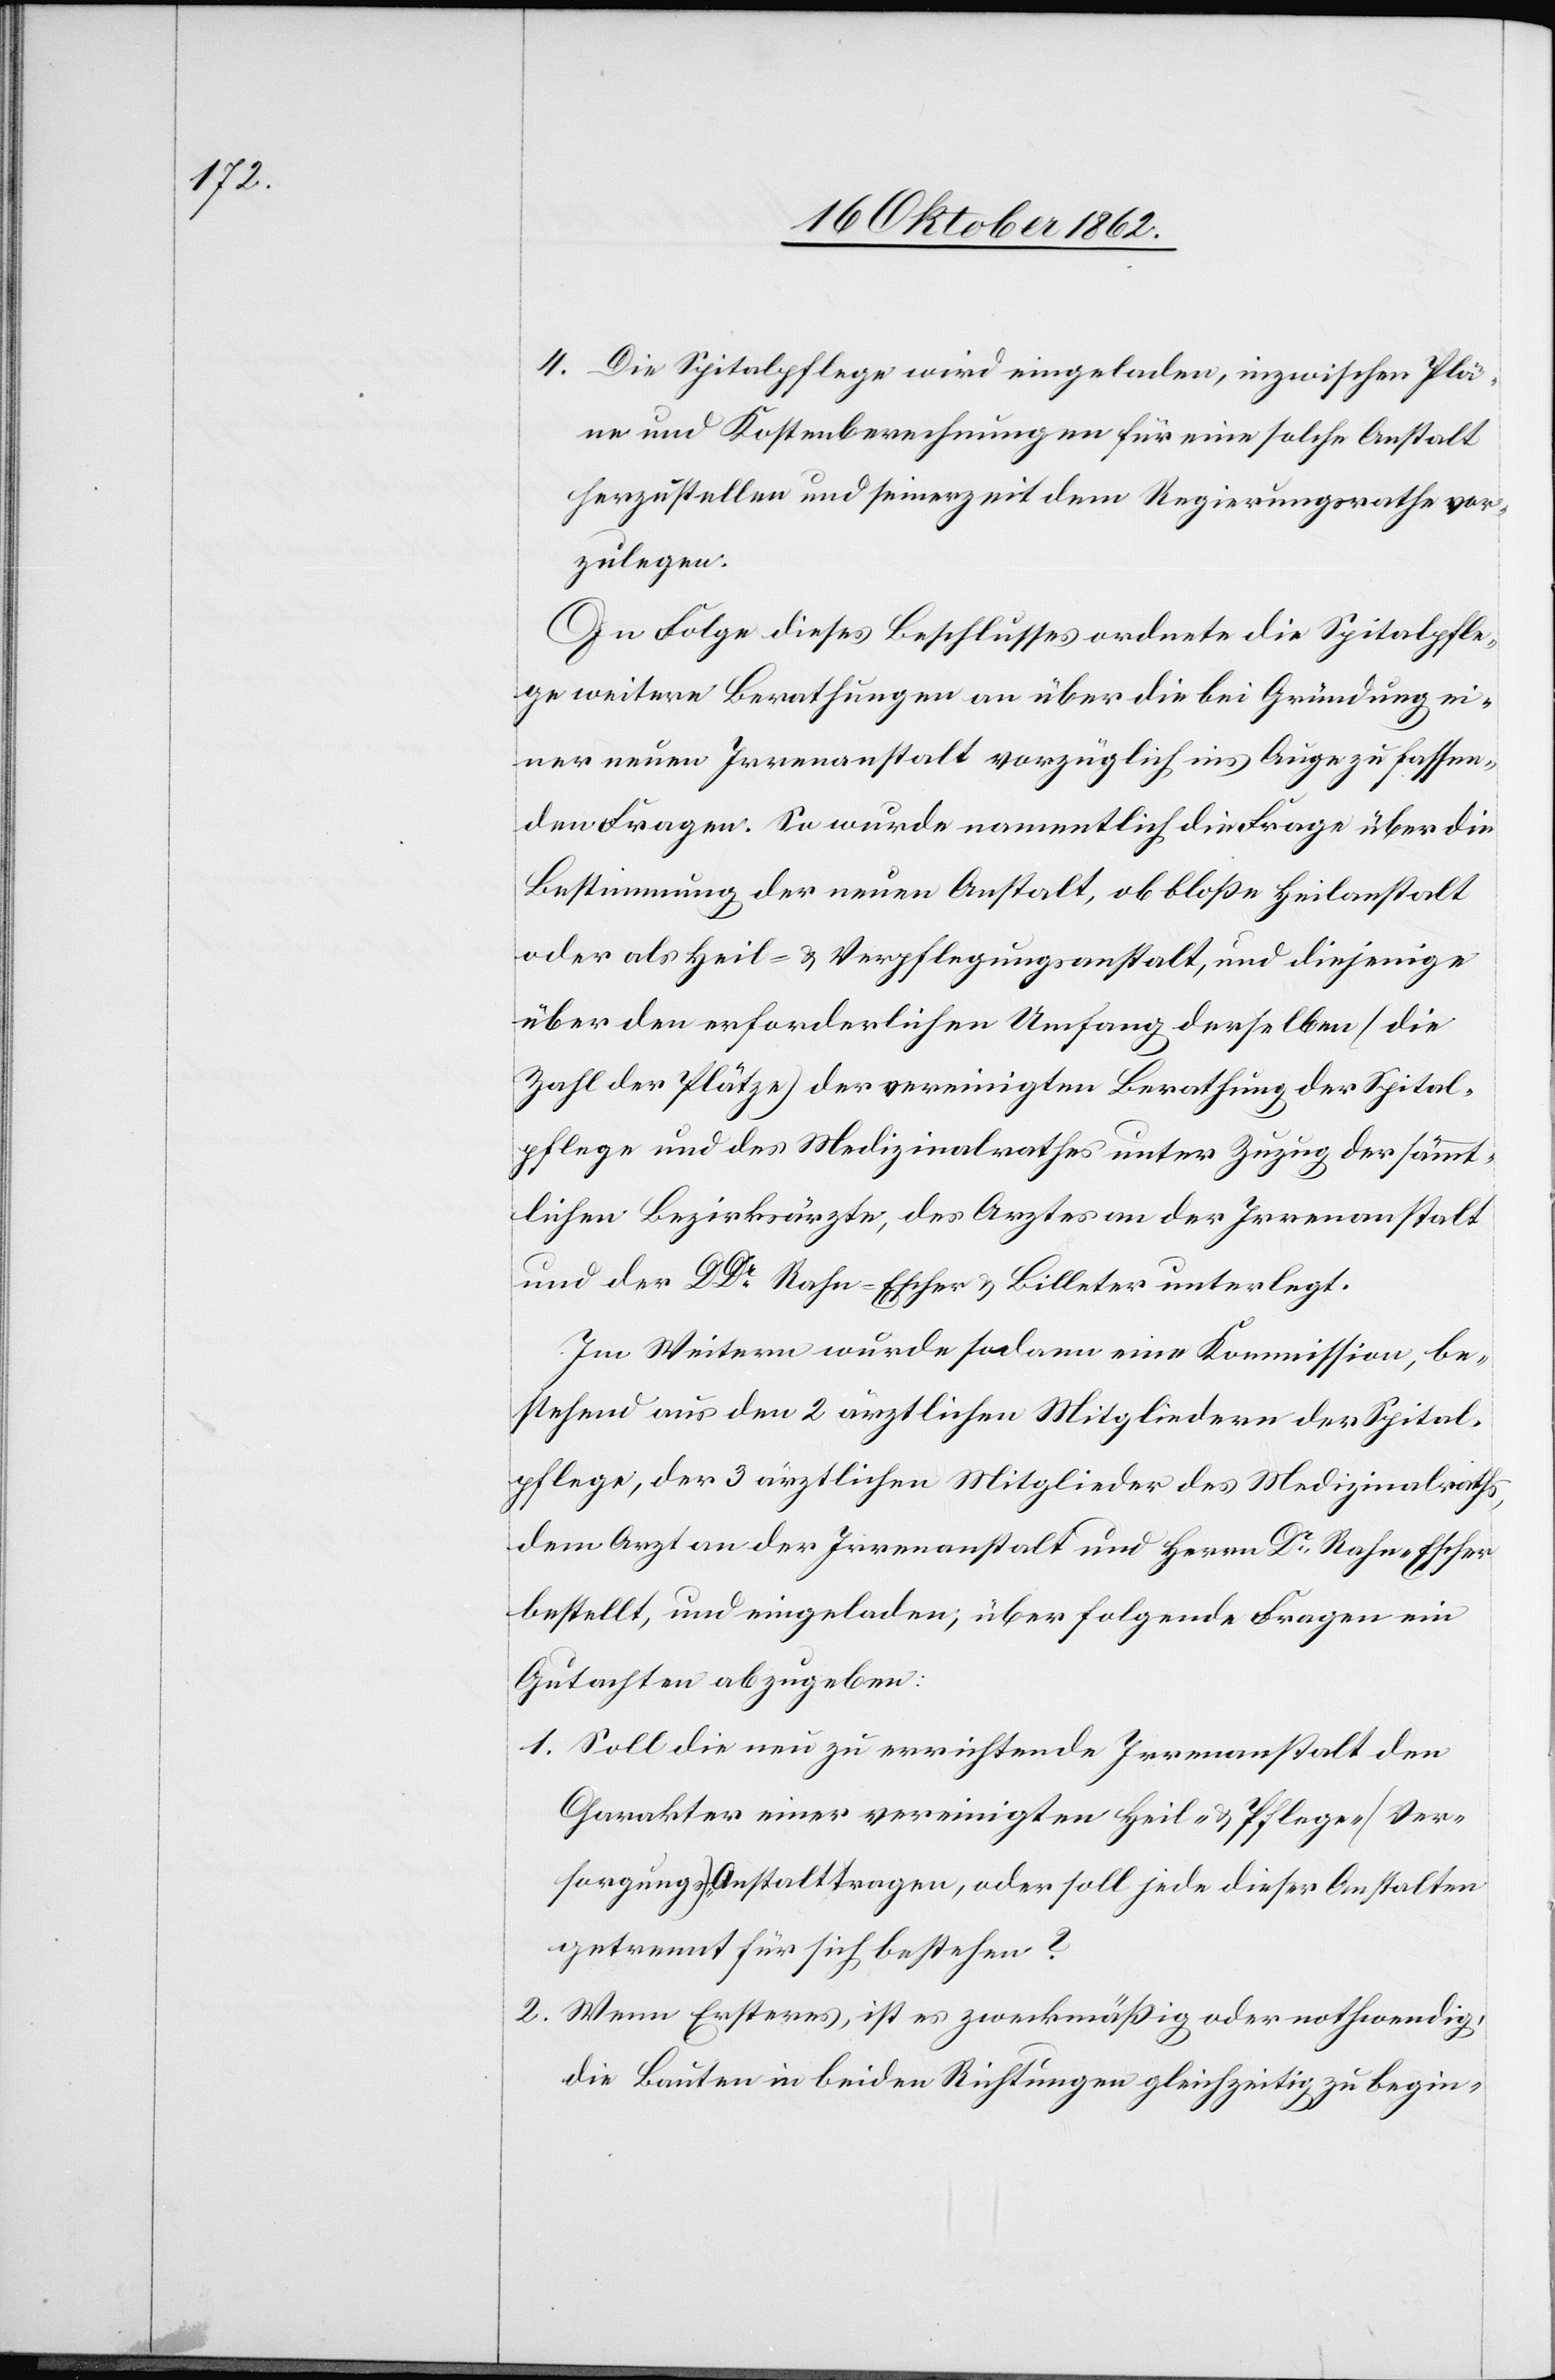
4. Die Spitalpflege wird eingeladen, inzwischen Plä¬
ne und Kostenerechnungen für eine solche Anstalt
herzustellen und seinerzeit dem Regierungsrathe vor¬
zulegen.
In Folge dieses Beschlusses ordnete die Spitalpfle¬
ge weitere Berathungen an über die bei Gründung ei¬
ner neuen Irrenanstalt vorzüglich ins Auge zu fassen¬
den Fragen. So wurde namentlich die Frage über die
Bestimmung der neuen Anstalt, ob bloße Heilanstalt
oder als Heil- u. Verpflegungsanstalt, und diejenige
über den erforderlichen Umgang derselben (die
Zahl der Plätze) der vereinigten Berathung der Spital¬
pflege und des Medizinalrathes unter Zuzug der sämmt¬
lichen Bezirksärzte, des Arztes an der Irrenanstalt
und der DDr. Rahn-Escher u. Billeter unterlegt.
Im Weitern wurde sodann eine Kommission, be¬
stehend aus den 2 ärztlichen Mitgliedern der Spital¬
pflege, der 3 ärztlichen Mitglieder des Medizinalraths,
dem Arzt an der Irrenanstalt und Herrn Dr. Rahn-Escher
bestellt, und eingeladen, über folgende Fragen ein
Gutachten abzugeben:
1. Soll die neu zu errichtende Irrenanstalt den
Charakter einer vereinigten Heil- u. Pflege- (Ver¬
sorgungs-) Anstalt tragen, oder soll jede dieser Anstalten
getrennt für sich bestehen?
2. Wenn Ersteres, ist es zweckmäßig oder nothwendig,
die Bauten in beiden Richtungen gleichzeitig zu begin-